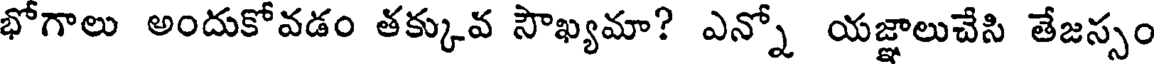
భోగాలు అందుకోవడం తక్కువ సౌఖ్యమా? ఎన్నో యజ్ఞాలుచేసి తేజస్సం